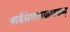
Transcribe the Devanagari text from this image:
सर्वमंगलकारकम्